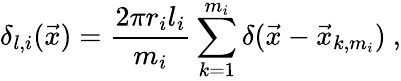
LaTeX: \delta_{l,i}(\vec{x})=\frac{2\pi r_{i}l_{i}}{m_{i}}\sum_{k=1}^{m_{i}}\delta(\vec{x}-\vec{x}_{k,m_{i}})\ ,